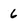
Character: 6